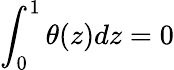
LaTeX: \int_{0}^{1}\theta(z)dz=0